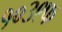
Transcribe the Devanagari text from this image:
१०३९फ